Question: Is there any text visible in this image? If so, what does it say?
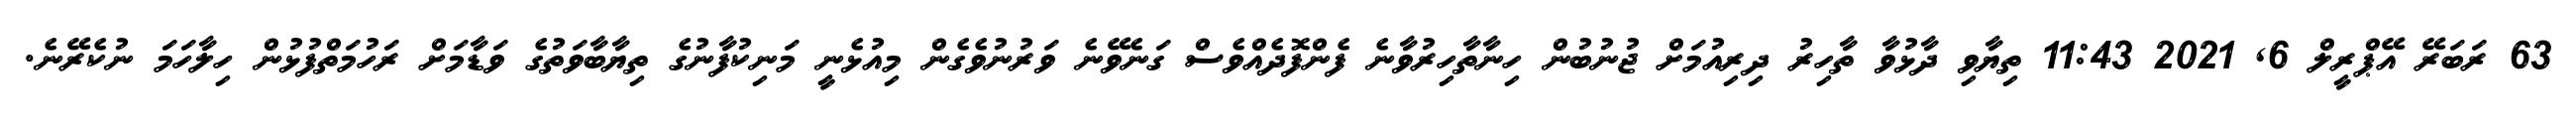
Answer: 63 ރަބަރޭ އޭޕްރީލް 6, 2021 11:43 ތިޔާވި ދާޅުވާ ތާހިރު ދިރިއުމަށް ޖުނުބުން ހިނާތާހިރުވާނެ ފެންފޮދެއްވެސް ގަނެވޭނެ ވަރުނުވެގެން މިއުޅެނީ މަނިކުފާނުގެ ތިޔާބާވަތުގެ ވަޑާމަށް ރަހުމަތްފުޅުން ހިލާހަމަ ނުކެރޭނެ.